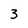
Character: 3